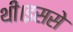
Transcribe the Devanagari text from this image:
थी।इससे